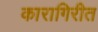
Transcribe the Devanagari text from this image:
कारागिरीत